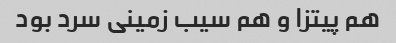
هم پیتزا و هم سیب زمینی سرد بود